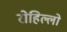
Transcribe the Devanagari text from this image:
रोहिल्लो